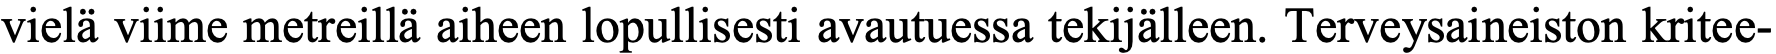
vielä viime metreillä aiheen lopullisesti avautuessa tekijälleen. Terveysaineiston kritee-